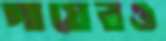
পায়েরও